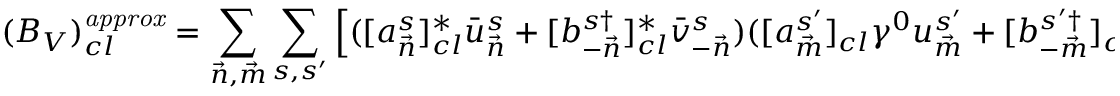
( { \cal B } _ { V } ) _ { c l } ^ { \it { a p p r o x } } = \sum _ { { \vec { n } } , { \vec { m } } } \sum _ { s , s ^ { \prime } } \left[ ( [ a _ { \vec { n } } ^ { s } ] _ { c l } ^ { * } \bar { u } _ { \vec { n } } ^ { s } + [ b _ { - { \vec { n } } } ^ { s \dagger } ] _ { c l } ^ { * } \bar { v } _ { - { \vec { n } } } ^ { s } ) ( [ a _ { \vec { m } } ^ { s ^ { \prime } } ] _ { c l } \gamma ^ { 0 } u _ { \vec { m } } ^ { s ^ { \prime } } + [ b _ { - { \vec { m } } } ^ { s ^ { \prime } \dagger } ] _ { c l } \gamma ^ { 0 } v _ { - { \vec { m } } } ^ { s ^ { \prime } } ) \right] F ( { \vec { n } } - { \vec { m } } , X ) .